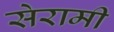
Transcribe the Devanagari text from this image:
सेरामी